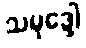
သမုဒ္ဒေါ